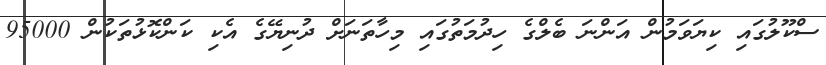
ސްކޫލުގައި ކިޔަވަމުން އަންނަ ބެލްގެ ހިދުމަތުގައި މިހާތަނަށް ދުނިޔޭގެ އެކި ކަންކޮޅުތަކުން 95000